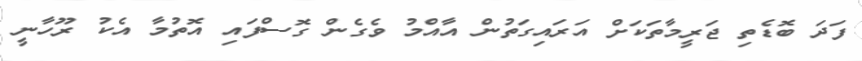
ފަދަ ބޮޑެތި ޖަރީމާތަކަށް އަރައިގަތުން އާއްމު ވެގެން ގޮސްފައި އޮތުމާ އެކު ރޫހާނީ